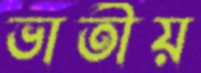
ভাতীয়